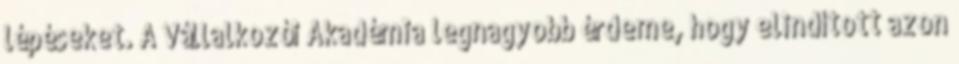
lépéseket. A Vállalkozói Akadémia legnagyobb érdeme, hogy elindított azon